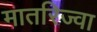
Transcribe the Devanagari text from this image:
मातरिज्वा